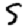
Digit: 5